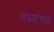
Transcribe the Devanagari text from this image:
अर्ध्याच्या